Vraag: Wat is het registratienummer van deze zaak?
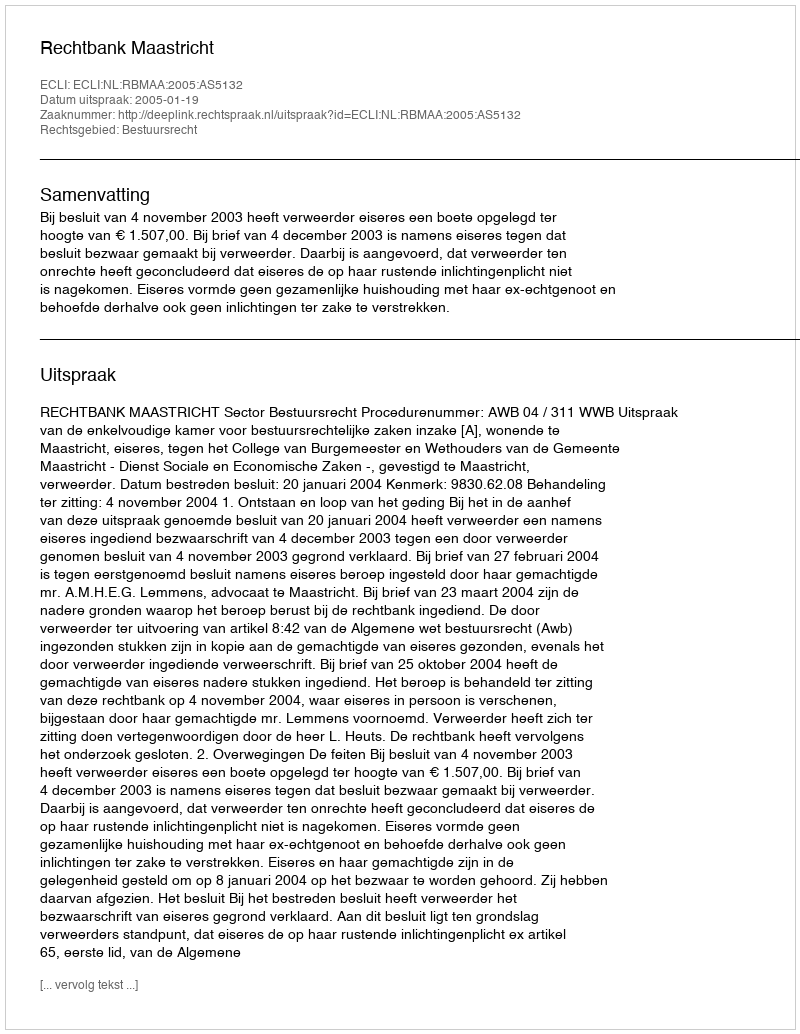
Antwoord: http://deeplink.rechtspraak.nl/uitspraak?id=ECLI:NL:RBMAA:2005:AS5132